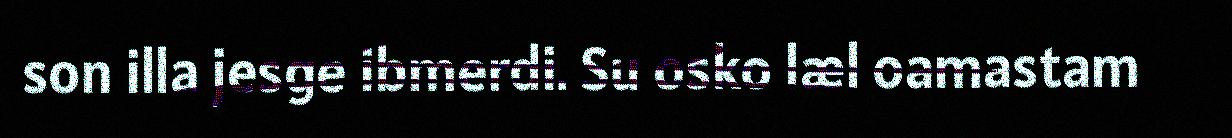
son illa jesge ibmerdi. Su osko læl oamastam